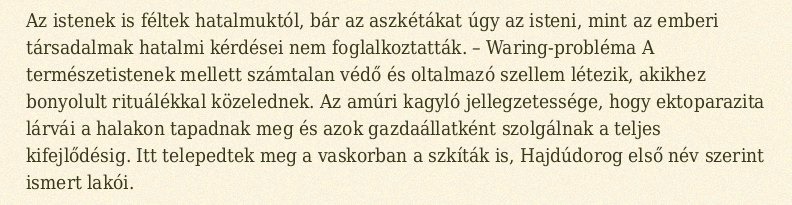
Az istenek is féltek hatalmuktól, bár az aszkétákat úgy az isteni, mint az emberi társadalmak hatalmi kérdései nem foglalkoztatták. – Waring-probléma A természetistenek mellett számtalan védő és oltalmazó szellem létezik, akikhez bonyolult rituálékkal közelednek. Az amúri kagyló jellegzetessége, hogy ektoparazita lárvái a halakon tapadnak meg és azok gazdaállatként szolgálnak a teljes kifejlődésig. Itt telepedtek meg a vaskorban a szkíták is, Hajdúdorog első név szerint ismert lakói.